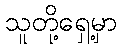
သူတို့ရှေ့မှာ